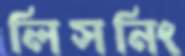
লিসনিং